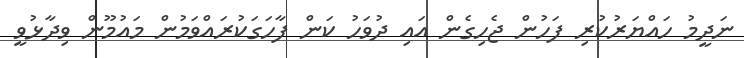
ނަދީމު ހައްޔަރުކުރި ފަހުން ޖެހިގެން އައި ދުވަހު ކަން ފާހަަގަކުރައްވަމުން މައުމޫން ވިދާޅުވީ